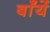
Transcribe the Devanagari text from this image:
बाँयें